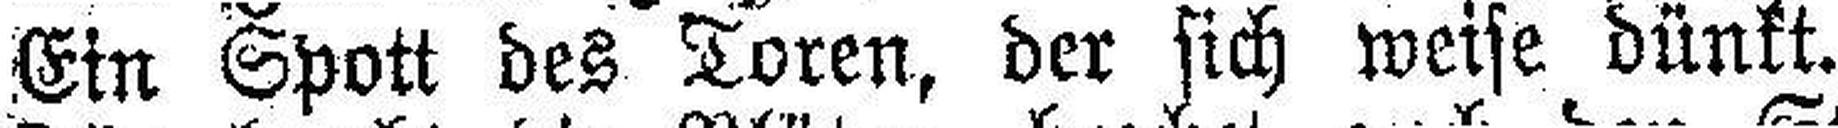
Ein Spott des Toren, der sich weise dünkt.